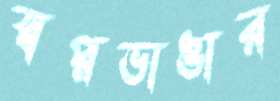
স্বপ্নভাঙার